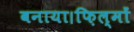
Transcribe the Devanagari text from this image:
बनाया।फ़िल्मों